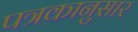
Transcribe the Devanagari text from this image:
पत्रकानुसार